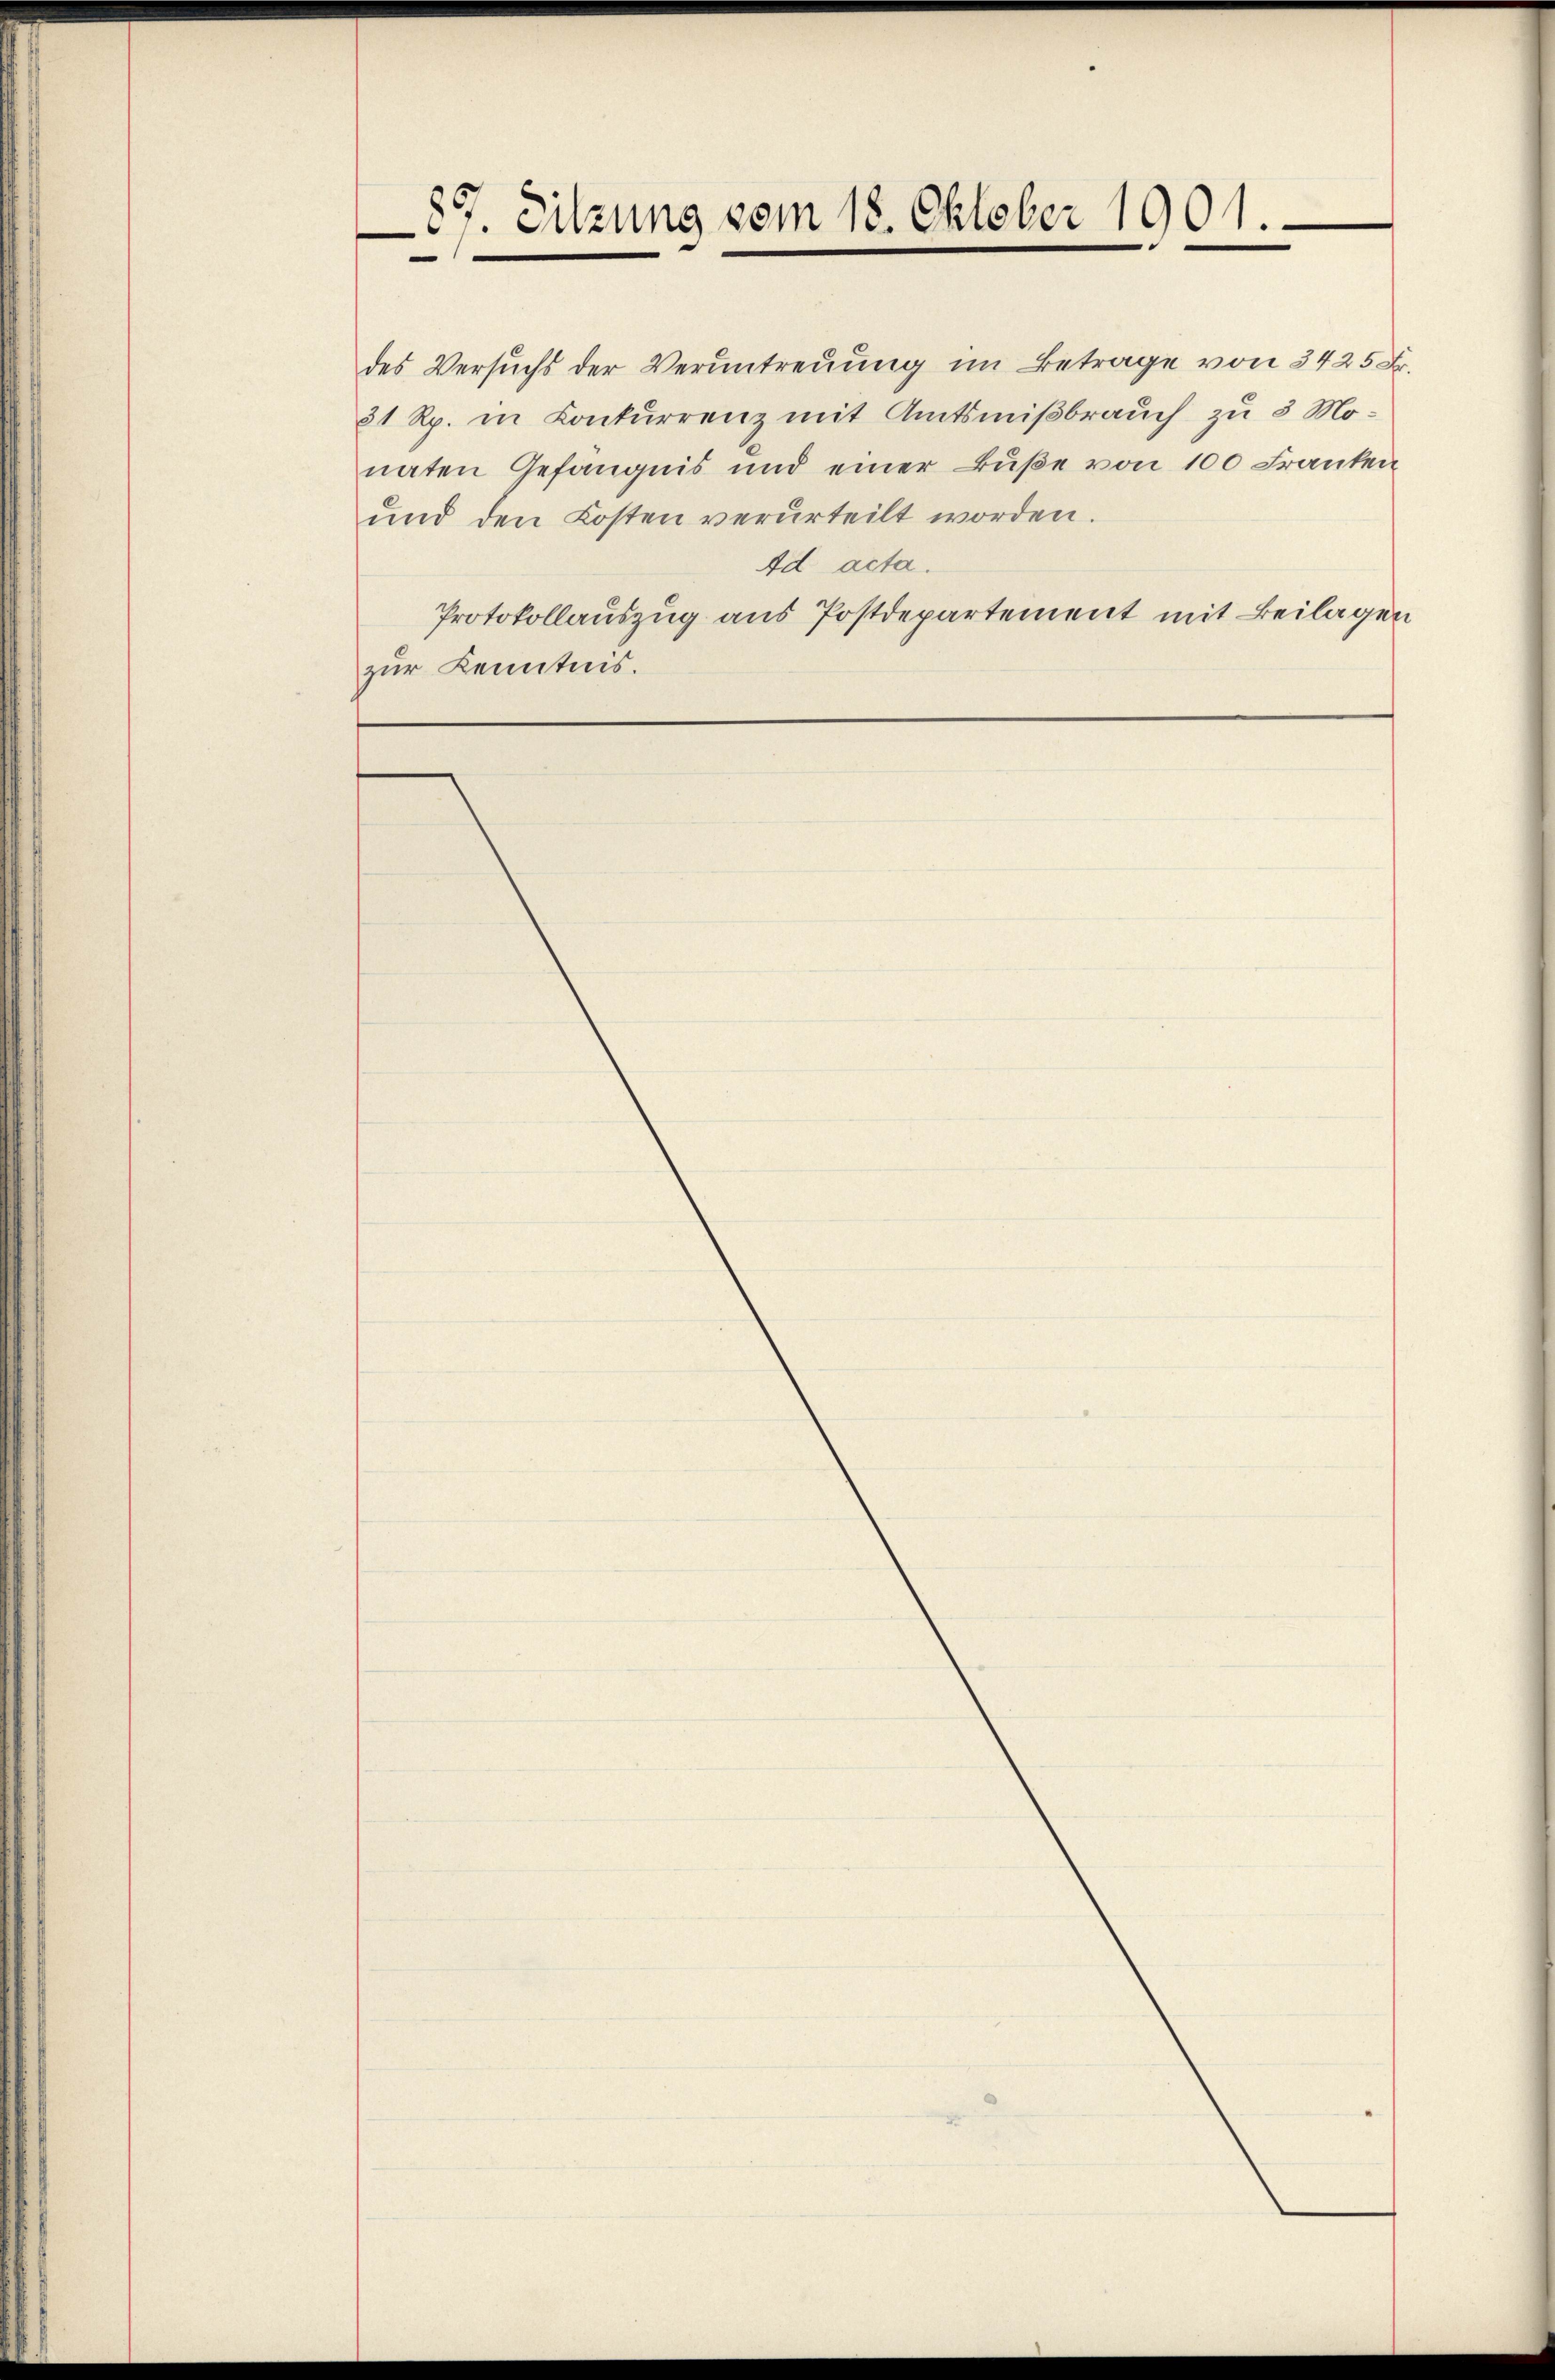
87. Sitzung vom 18. Oktober 1901

des Versuchs der Verantreuung im Betrage von
81 Rp. in Conkurrenz mit Amtsnißbrauch zu 30
naten Gefängnis und einer Bŭβe von 100 Fr.
und den Kosten verurteilt worden.
Ad acta.
Protokollauszug aus Postdepartement mit Beit
zur Kenntnis.